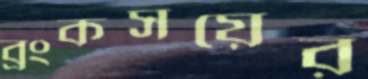
ব্রংকসয়ের